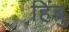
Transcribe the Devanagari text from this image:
हिंब्रु